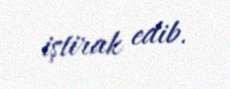
iştirak edib.